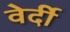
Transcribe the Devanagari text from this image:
वेर्दी